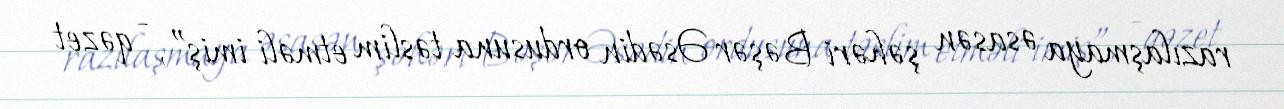
razılaşmaya əsasən şəhəri Bəşər Əsədin ordusuna təslim etməli imiş”, - qəzet